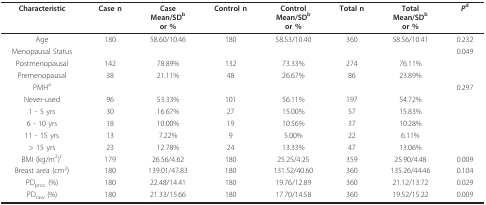
| Characteristic | Case n | CaseMean/SDbor % | Control n | ControlMean/SDbor % | Total n | TotalMean/SDbor % | Pd |
 | --- | --- | --- | --- | --- | --- | --- | --- |
 | Age | 180 | 58.60/10.46 | 180 | 58.53/10.40 | 360 | 58.56/10.41 | 0.232 |
 | Menopausal Status |  |  |  |  |  |  | 0.049 |
 | Postmenopausal | 142 | 78.89% | 132 | 73.33% | 274 | 76.11% |  |
 | Premenopausal | 38 | 21.11% | 48 | 26.67% | 86 | 23.89% |  |
 | PMHa |  |  |  |  |  |  | 0.297 |
 | Never-used | 96 | 53.33% | 101 | 56.11% | 197 | 54.72% |  |
 | 1 - 5 yrs | 30 | 16.67% | 27 | 15.00% | 57 | 15.83% |  |
 | 6 - 10 yrs | 18 | 10.00% | 19 | 10.56% | 37 | 10.28% |  |
 | 11 - 15 yrs | 13 | 7.22% | 9 | 5.00% | 22 | 6.11% |  |
 | > 15 yrs | 23 | 12.78% | 24 | 13.33% | 47 | 13.06% |  |
 | BMI (kg/m2)c | 179 | 26.56/4.62 | 180 | 25.25/4.25 | 359 | 25.90/4.48 | 0.009 |
 | Breast area (cm2) | 180 | 139.01/47.83 | 180 | 131.52/40.60 | 360 | 135.26/44.46 | 0.104 |
 | PDproc (%) | 180 | 22.48/14.41 | 180 | 19.76/12.89 | 360 | 21.12/13.72 | 0.029 |
 | PDraw (%) | 180 | 21.33/15.66 | 180 | 17.70/14.58 | 360 | 19.52/15.22 | 0.009 |